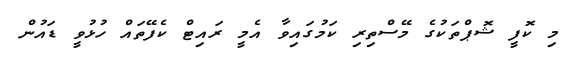
މި ކޮފީ ޝޮޕްތަކުގެ މޭސްތިރި ކަމުގައިވާ އެމީ ރައިޓް ކެފޭތައް ހުޅުވީ ޑައުން